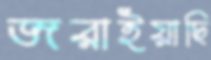
জরাইয়াছি